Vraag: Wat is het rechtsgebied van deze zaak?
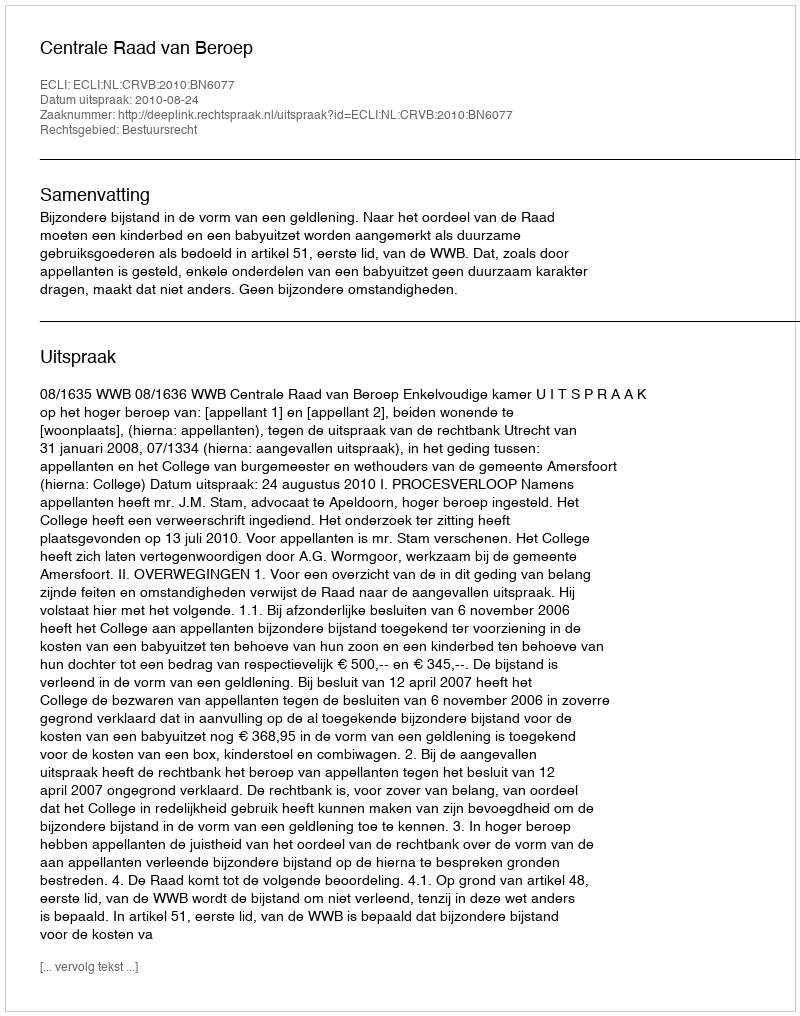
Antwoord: Bestuursrecht